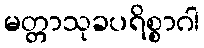
မတ္တာသုခပရိစ္စာဂါ